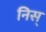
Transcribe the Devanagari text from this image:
निस्